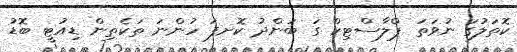
ކޮތަލުގަ ނުވަތަ ޕްލާސްޓިކް ގަ ބަންދު ކޮށފަ ހުންނަ ތަކެތިން ޑިއުޓީ ބޮޑު